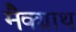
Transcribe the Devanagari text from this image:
मैक्ग्राथ